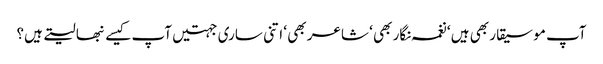
آپ موسیقار بھی ہیں ‘ نغمہ نگار بھی ‘ شاعر بھی ‘ اتنی ساری جہتیں آپ کیسے نبھا لیتے ہیں؟